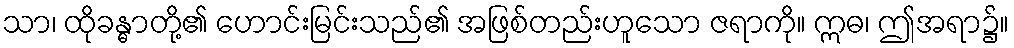
သာ၊ ထိုခန္ဓာတို့၏ ဟောင်းမြင်းသည်၏ အဖြစ်တည်းဟူသော ဇရာကို။ ဣဓ၊ ဤအရာ၌။